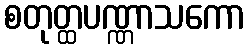
စတုတ္ထပဏ္ဏာသကော